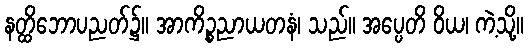
နတ္ထိဘောပညတ်၌။ အာကိဉ္စညာယတနံ၊ သည်။ အပ္ပေတိ ဝိယ၊ ကဲ့သို့။